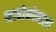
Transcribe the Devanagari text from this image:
नाबोकोव्हला